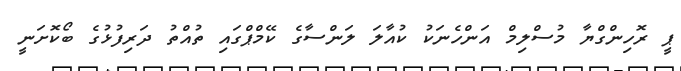
ޕީ ރޮހިންގްޔާ މުސްލިމް އަންހެނަކު ކުއާލަ ލަންސާގެ ކޭމްޕްގައި ތުއްތު ދަރިފުޅުގެ ބޯކޮށަނީ